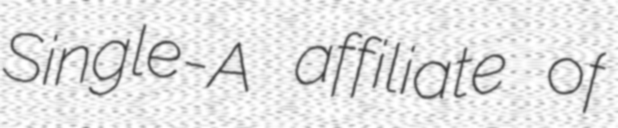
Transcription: Single-A affiliate of